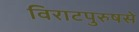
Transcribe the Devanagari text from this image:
विराटपुरुषसे